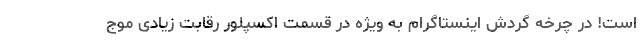
است! در چرخه گردش اینستاگرام به ویژه در قسمت اکسپلور رقابت زیادی موج